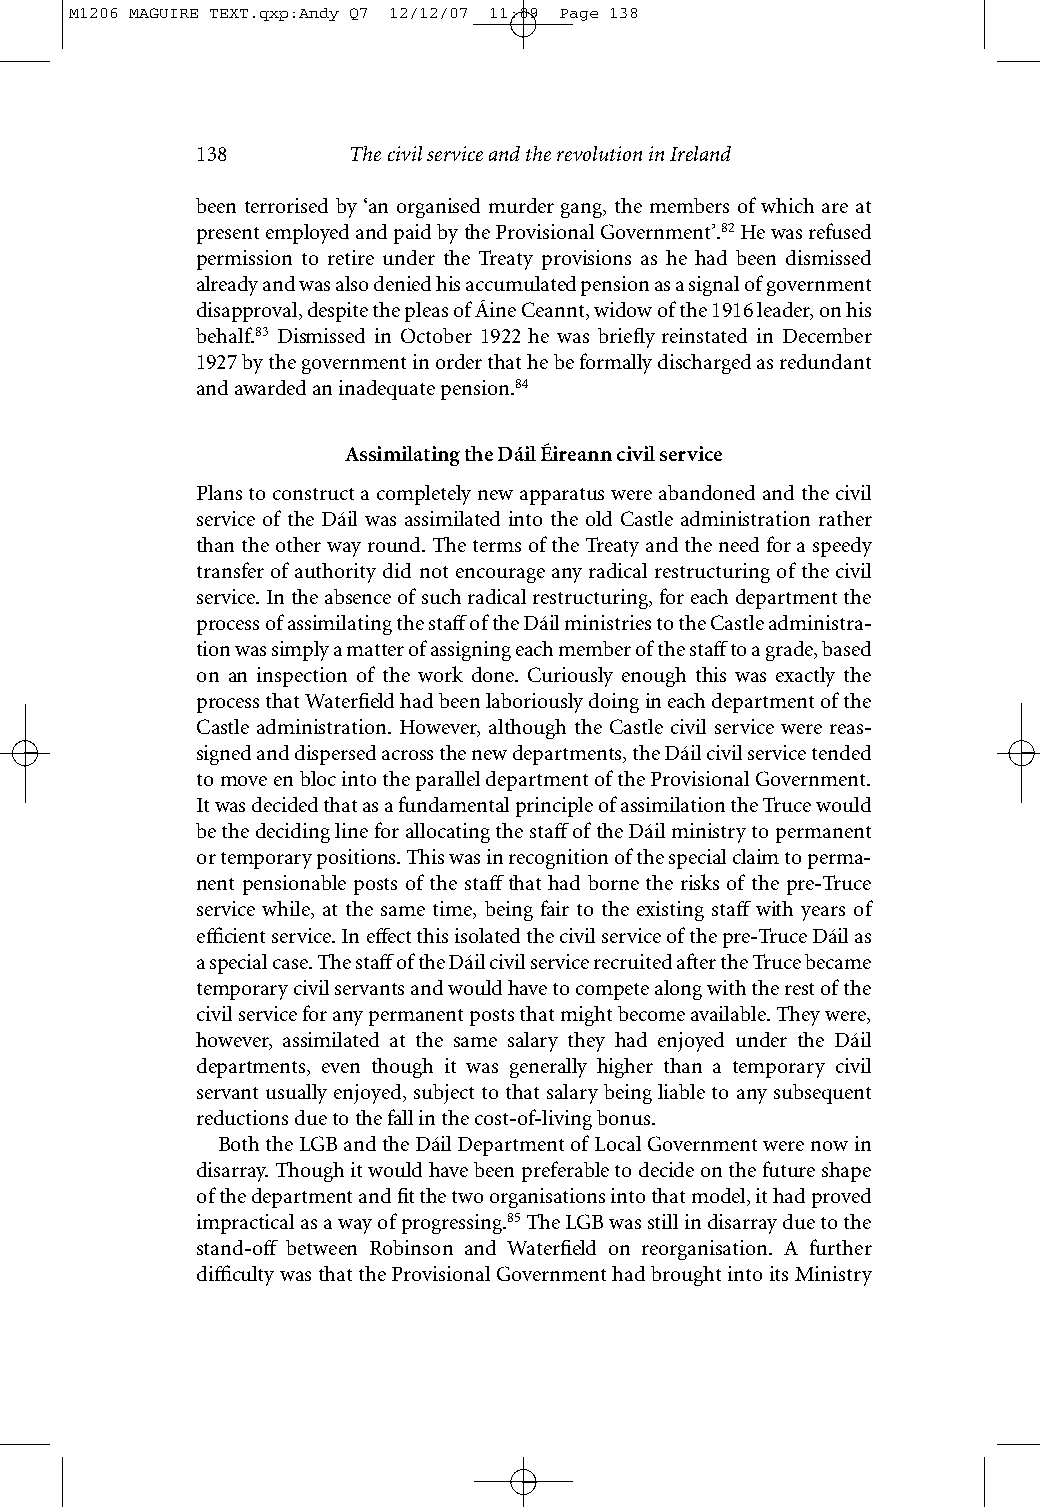
M1206 MAGUIRE TEXT.qxp:Andy Q7 12/12/07 11:09 Page 138
 138       The civil service and the revolution in Ireland
 been terrorised by ‘an organised murder gang, the members of which are at
 present employed and paid by the Provisional Government’.82He was refused
 permission to retire under the Treaty provisions as he had been dismissed
 already and was also denied his accumulated pension as a signal of government
 disapproval, despite the pleas of Áine Ceannt, widow of the 1916 leader, on his
 behalf.83 Dismissed in October 1922 he was briefly reinstated in December
 1927 by the government in order that he be formally discharged as redundant
 and awarded an inadequate pension.84
 Assimilating the Dáil Éireann civil service
 Plans to construct a completely new apparatus were abandoned and the civil
 service of the Dáil was assimilated into the old Castle administration rather
 than the other way round. The terms of the Treaty and the need for a speedy
 transfer of authority did not encourage any radical restructuring of the civil
 service. In the absence of such radical restructuring, for each department the
 process of assimilating the staffof the Dáil ministries to the Castle administra-
 tion was simply a matter of assigning each member of the staffto a grade, based
 on an inspection of the work done. Curiously enough this was exactly the
 process that Waterfield had been laboriously doing in each department of the
 Castle administration. However, although the Castle civil service were reas-
 signed and dispersed across the new departments, the Dáil civil service tended
 to move en bloc into the parallel department of the Provisional Government.
 It was decided that as a fundamental principle of assimilation the Truce would
 be the deciding line for allocating the staffof the Dáil ministry to permanent
 or temporary positions. This was in recognition of the special claim to perma-
 nent pensionable posts of the staff that had borne the risks of the pre-Truce
 service while, at the same time, being fair to the existing staff with years of
 efficient service. In effect this isolated the civil service of the pre-Truce Dáil as
 a special case. The staffof the Dáil civil service recruited after the Truce became
 temporary civil servants and would have to compete along with the rest of the
 civil service for any permanent posts that might become available. They were,
 however, assimilated at the same salary they had enjoyed under the Dáil
 departments, even though it was generally higher than a temporary civil
 servant usually enjoyed, subject to that salary being liable to any subsequent
 reductions due to the fall in the cost-of-living bonus.
 Both the LGB and the Dáil Department of Local Government were now in
 disarray. Though it would have been preferable to decide on the future shape
 of the department and fit the two organisations into that model, it had proved
 impractical as a way of progressing.85The LGB was still in disarray due to the
 stand-off between Robinson and Waterfield on reorganisation. A further
 difficulty was that the Provisional Government had brought into its Ministry